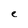
Character: e